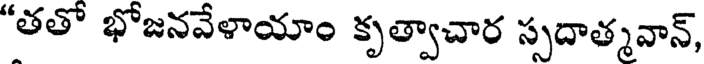
"తతో భోజనవేళాయాం కృత్వాచార స్సదాత్మవాన్,